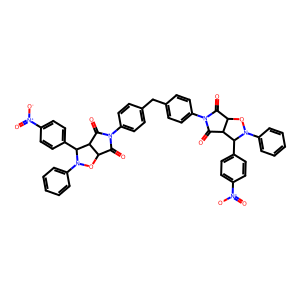
SMILES: O=C1C2ON(c3ccccc3)C(c3ccc([N+](=O)[O-])cc3)C2C(=O)N1c1ccc(Cc2ccc(N3C(=O)C4ON(c5ccccc5)C(c5ccc([N+](=O)[O-])cc5)C4C3=O)cc2)cc1
Inhibits HIV replication: No